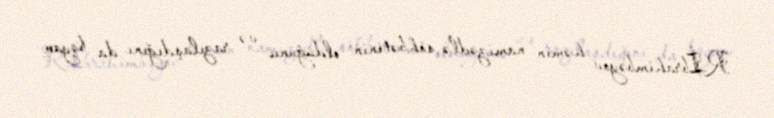
R.İbrahimbəyov həmin namizədlə söhbətinin olduğunu və razılaşdığını da bəyan